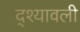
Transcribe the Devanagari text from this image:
द्श्यावली